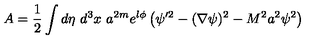
A = { \small \frac { 1 } { 2 } } \int d \eta \ d ^ { 3 } x \ a ^ { 2 m } e ^ { l \phi } \left( \psi ^ { \prime 2 } - ( \nabla \psi ) ^ { 2 } - M ^ { 2 } a ^ { 2 } \psi ^ { 2 } \right)